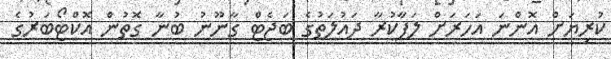
ކުރިޔަށް އޮންނަ އަހަރަށް ލަފާކުރާ ދައުލަތުގެ ބަޖެޓް ގާނޫނު ބުނާ ގޮތުން އޮކްޓޯބަރުގެ